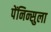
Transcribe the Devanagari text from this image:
पेंनिन्सुला